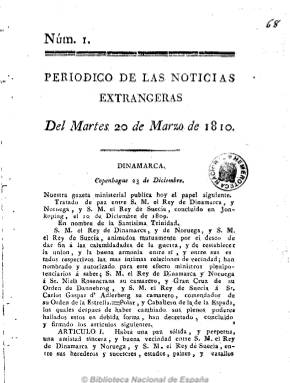
Título: Periódico de las noticias extrangeras
Otros títulos: Periódico de las noticias extranjeras
Colección: Periódicos anteriores a 1850
Ámbito geográfico: Sevilla
Lugar de publicación: Sevilla
Fechas: 20/03/1810-23/03/1810

A las pocas semanas de llegar el ejército invasor a Sevilla, aparece este periódico napoleónico, el 20 de marzo de 1810, escrito en castellano, que “probablemente fue un invento, no consolidado, de periódico dirigido a las importantes minorías foráneas”, según Checa Godoy. Se trata de un bisemanario de ocho páginas por número dedicado a ofrecer información sobre el imperio francés (tratados, proclamas, etc.), especialmente de Europa. Sale de la Imprenta de Manuel Álvarez. La colección de la Biblioteca Nacional de España consta de sus dos primeros números, desconociéndose si publicó alguno más.